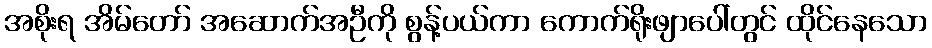
အစိုးရ အိမ်တော် အဆောက်အဦကို စွန့်ပယ်ကာ ကောက်ရိုးဖျာပေါ်တွင် ထိုင်နေသော